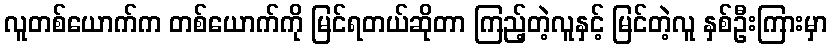
လူတစ်ယောက်က တစ်ယောက်ကို မြင်ရတယ်ဆိုတာ ကြည့်တဲ့လူနှင့် မြင်တဲ့လူ နှစ်ဦးကြားမှာ